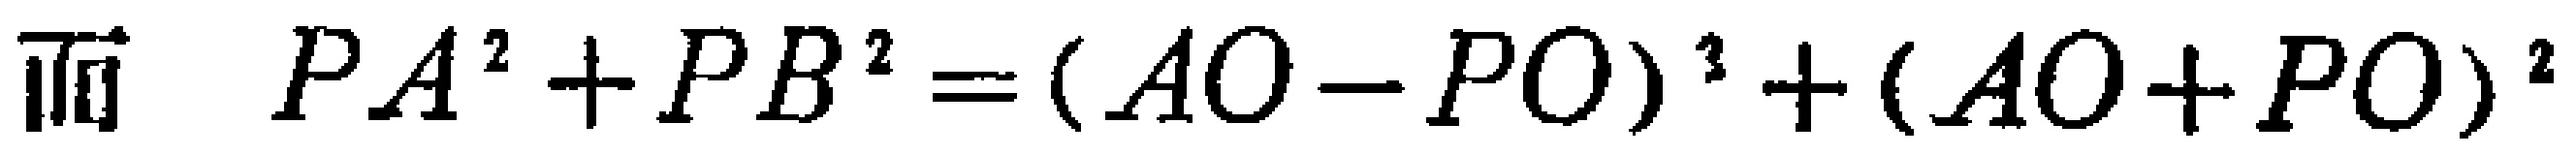
而 \(PA^{2}+PB^{2}=(AO - PO)^{2}+(AO + PO)^{2}\)